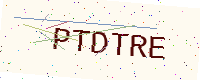
Text: PTDTRE